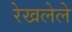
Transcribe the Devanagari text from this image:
रेखलेले